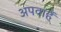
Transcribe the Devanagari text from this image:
अपवाहें